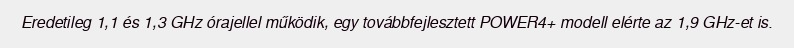
Eredetileg 1,1 és 1,3 GHz órajellel működik, egy továbbfejlesztett POWER4+ modell elérte az 1,9 GHz-et is.